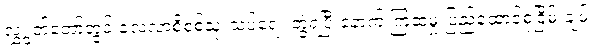
လွှွတ်တော်တွင် လေ့လာစိစစ်သုံးသပ်ရေး ဘွဲ့ရပြီးနောက် ကြံဆမှု ပြည်ထောင်စုငြိမ်းချမ်း